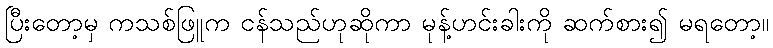
ပြီးတော့မှ ကသစ်ဖြူက ငန်သည်ဟုဆိုကာ မုန့်ဟင်းခါးကို ဆက်စား၍ မရတော့။